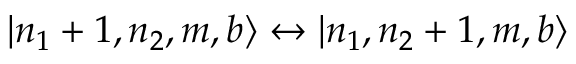
| n _ { 1 } + 1 , n _ { 2 } , m , b \rangle \leftrightarrow | n _ { 1 } , n _ { 2 } + 1 , m , b \rangle